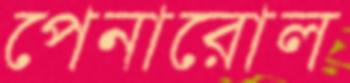
পেনারোল